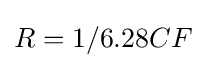
R=1/6.28CF